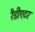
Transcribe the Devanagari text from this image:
रैडीएटर